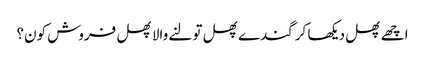
اچھے پھل دیکھا کر گندے پھل تولنے والا پھل فروش کون؟